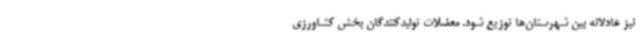
نیز عادلانه بین شهرستان‌ها توزیع شود. معضلات تولیدکنندگان بخش کشاورزی